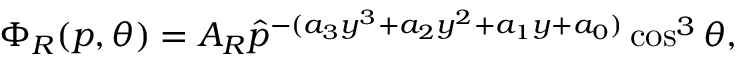
\Phi _ { R } ( p , \theta ) = A _ { R } \hat { p } ^ { - ( a _ { 3 } y ^ { 3 } + a _ { 2 } y ^ { 2 } + a _ { 1 } y + a _ { 0 } ) } \cos ^ { 3 } \theta ,